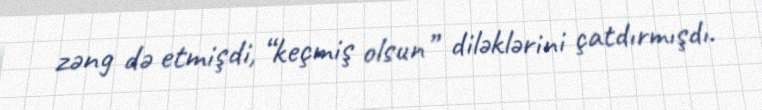
zəng də etmişdi, “keçmiş olsun” diləklərini çatdırmışdı.